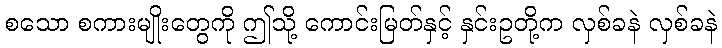
စသော စကားမျိုးတွေကို ဤသို့ ကောင်းမြတ်နှင့် နှင်းဥတို့က လှစ်ခနဲ လှစ်ခနဲ